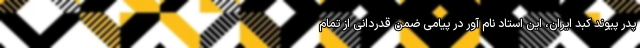
پدر پیوند کبد ایران، این استاد نام ‌آور در پیامی ضمن قدردانی از تمام